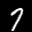
Label: 7